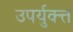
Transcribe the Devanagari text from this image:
उपर्युक्त्त